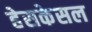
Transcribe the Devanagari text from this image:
हेसकेसल